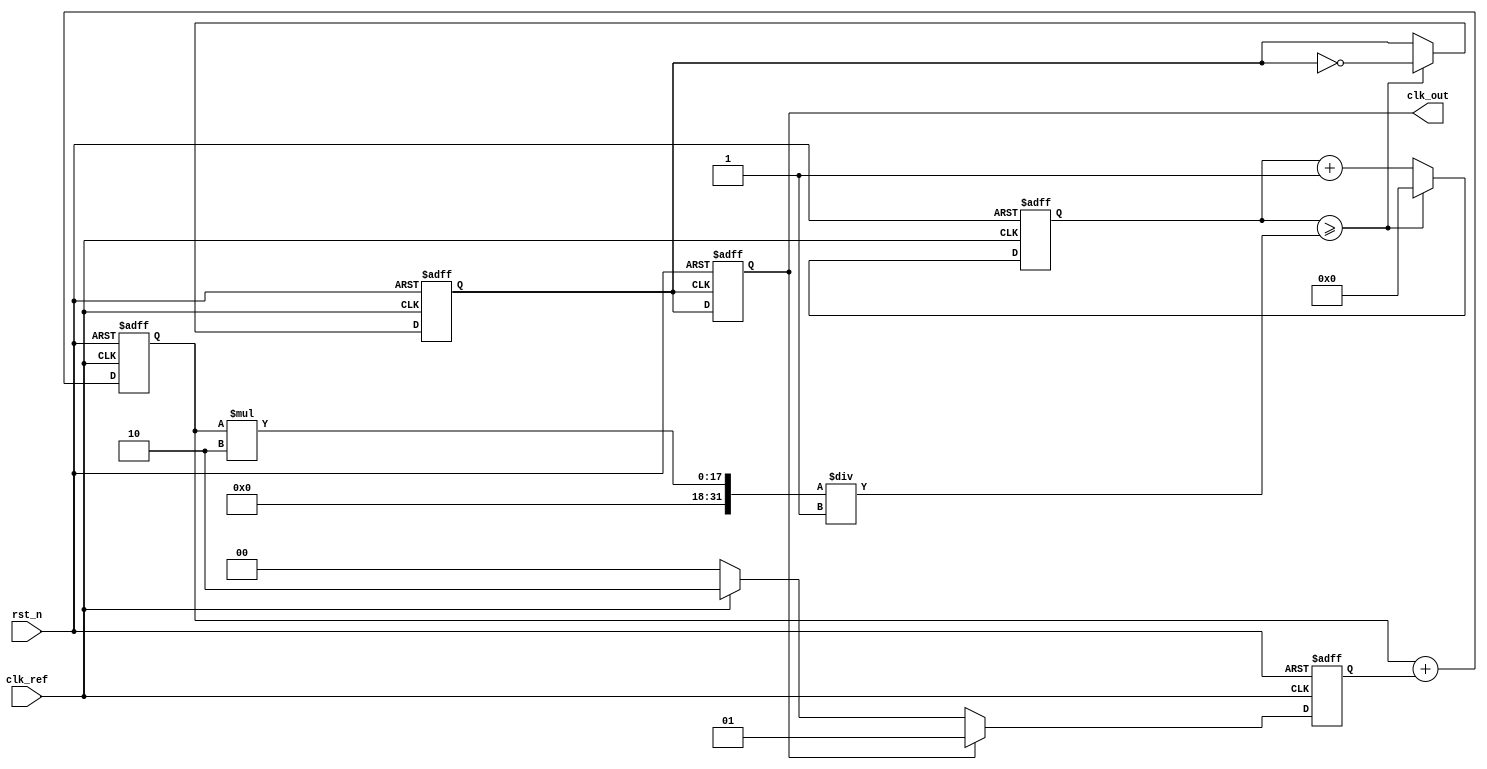
module PLL (
    input wire clk_ref,          // Reference clock input
    input wire rst_n,            // Active low reset
    output reg clk_out           // Output clock
);

// Parameters for configuration
parameter integer MULTIPLIER = 2; // Output frequency multiplier
parameter integer DIVIDER = 1;     // Output frequency divider

// Internal signals
reg [1:0] phase_error;             // Phase error signal
reg [15:0] control_voltage;         // Control voltage for VCO
reg clk_vco;                        // VCO clock output
reg [15:0] vco_counter;             // VCO counter

// Phase Detector - Compares phase of clk_ref and clk_out
always @(posedge clk_ref or negedge rst_n) begin
    if (!rst_n) begin
        phase_error <= 2'b00;
    end else begin
        phase_error <= (clk_out) ? 2'b01 : (clk_ref) ? 2'b10 : 2'b00;
    end
end

// Loop Filter - Simple first-order filter
always @(posedge clk_ref or negedge rst_n) begin
    if (!rst_n) begin
        control_voltage <= 16'b0;
    end else begin
        // Simple integral filter: control_voltage += phase_error
        control_voltage <= control_voltage + phase_error;
    end
end

// Voltage-Controlled Oscillator (VCO)
always @(posedge clk_ref or negedge rst_n) begin
    if (!rst_n) begin
        vco_counter <= 16'b0;
        clk_vco <= 1'b0;
    end else begin
        // VCO frequency based on control voltage
        if (vco_counter >= (control_voltage * MULTIPLIER / DIVIDER)) begin
            clk_vco <= ~clk_vco;   // Toggle VCO output
            vco_counter <= 16'b0;   // Reset counter
        end else begin
            vco_counter <= vco_counter + 1;
        end
    end
end

// Feedback path - Driving the output clock
always @(posedge clk_vco or negedge rst_n) begin
    if (!rst_n) begin
        clk_out <= 1'b0;
    end else begin
        clk_out <= clk_vco; // Output the VCO clock directly
    end
end

endmodule